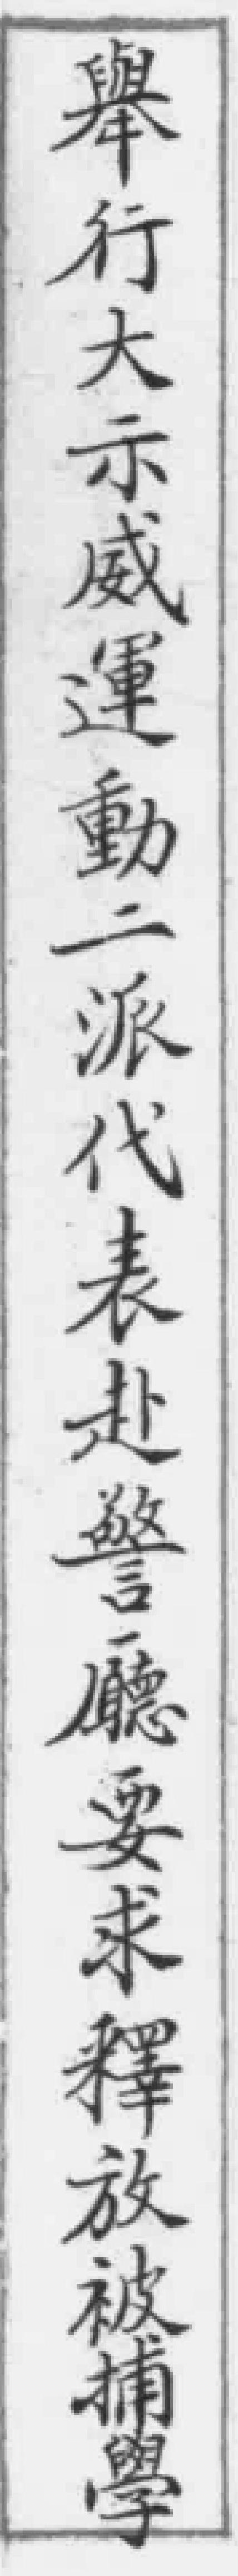
舉行大示威運動二派代表赴警廳要求釋放被捕學